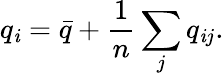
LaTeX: q_{\mathit{i}}={\bar{{q}}}+\frac{{1}}{{n}}\sum_{j}q_{\mathit{i}j}.